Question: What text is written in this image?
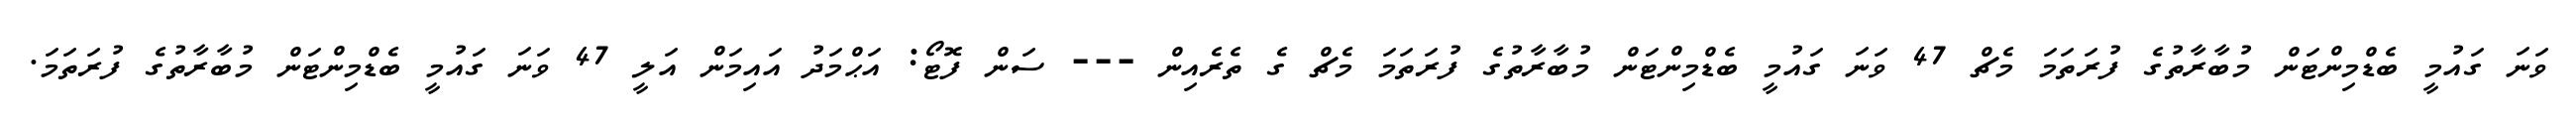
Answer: ވަނަ ގައުމީ ބެޑްމިންޓަން މުބާރާތުގެ ފުރަތަމަ މެޗް 47 ވަނަ ގައުމީ ބެޑްމިންޓަން މުބާރާތުގެ ފުރަތަމަ މެޗް ގެ ތެރެއިން --- ސަން ފޮޓޯ: އަޙްމަދު އައިމަން އަލީ 47 ވަނަ ގައުމީ ބެޑްމިންޓަން މުބާރާތުގެ ފުރަތަމަ.